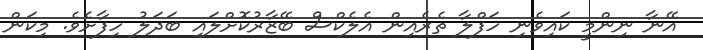
އޭނާ ނިންމީ ކައިވެނި ހަފްލާ ތެރެއިން އެލެކްސް ބޭޒާރުކޮށްލައި ބަދަލު ހިފާށެވެ. މިކަން